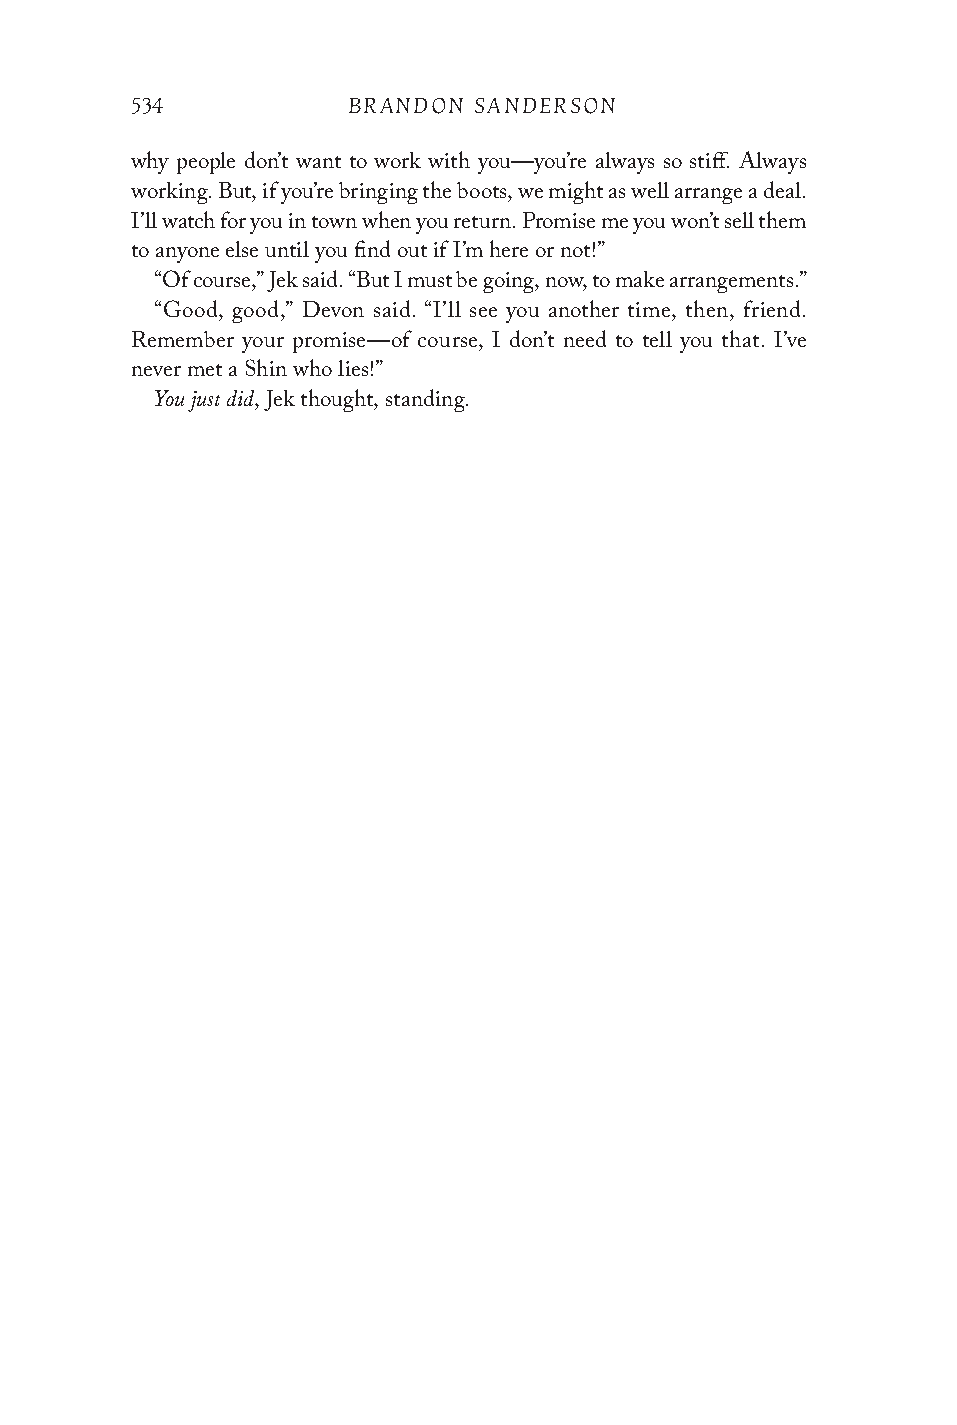
534           BRANDON SANDERSON
 why people don’t want to work with you—you’re always so stiff. Always
 working. But, if you’re bringing the boots, we might as well arrange a deal.
 I’ll watch for you in town when you return. Promise me you won’t sell them
 to anyone else until you find out if I’m here or not!”
 “Of course,” Jek said. “But I must be going, now, to make arrangements.”
 “Good, good,” Devon said. “I’ll see you another time, then, friend.
 Remember your promise—of course, I don’t need to tell you that. I’ve
 never met a Shin who lies!”
 You just did
 , Jek thought, standing.